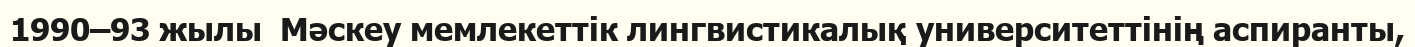
1990–93 жылы  Мәскеу мемлекеттік лингвистикалық университеттінің аспиранты,